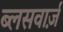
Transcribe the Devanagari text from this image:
ब्लसवार्ज़